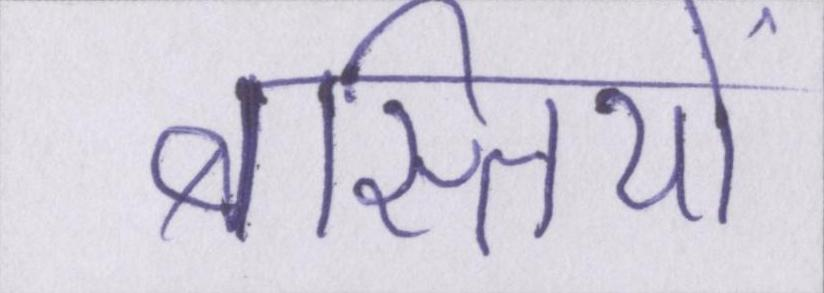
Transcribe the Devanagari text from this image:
बस्तियों